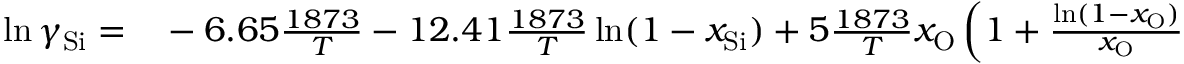
\begin{array} { r l } { \ln \gamma _ { \mathrm { S i } } = } & { { } - 6 . 6 5 \frac { 1 8 7 3 } { T } - 1 2 . 4 1 \frac { 1 8 7 3 } { T } \ln ( 1 - x _ { \mathrm { S i } } ) + 5 \frac { 1 8 7 3 } { T } x _ { \mathrm { O } } \left( 1 + \frac { \ln ( 1 - x _ { \mathrm { O } } ) } { x _ { \mathrm { O } } } - \frac { 1 } { ( 1 - x _ { \mathrm { S i } } ) } \right) } \end{array}